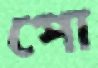
পো